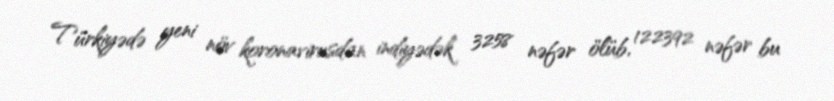
Türkiyədə yeni növ koronavirusdan indiyədək 3258 nəfər ölüb, 122392 nəfər bu